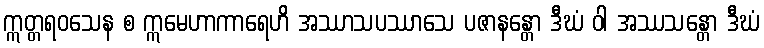
ဣတ္တရဝသေန စ ဣမေဟာကာရေဟိ အဿာသပဿာသေ ပဇာနန္တော ဒီဃံ ဝါ အဿသန္တော ဒီဃံ